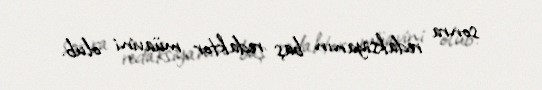
sonra redaksiyanın baş redaktor müavini olub.